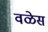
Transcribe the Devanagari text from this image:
वळेस